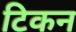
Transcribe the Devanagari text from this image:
टिकन